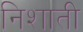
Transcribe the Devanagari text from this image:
निशाती